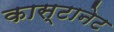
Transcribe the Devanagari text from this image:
कास्टानेट